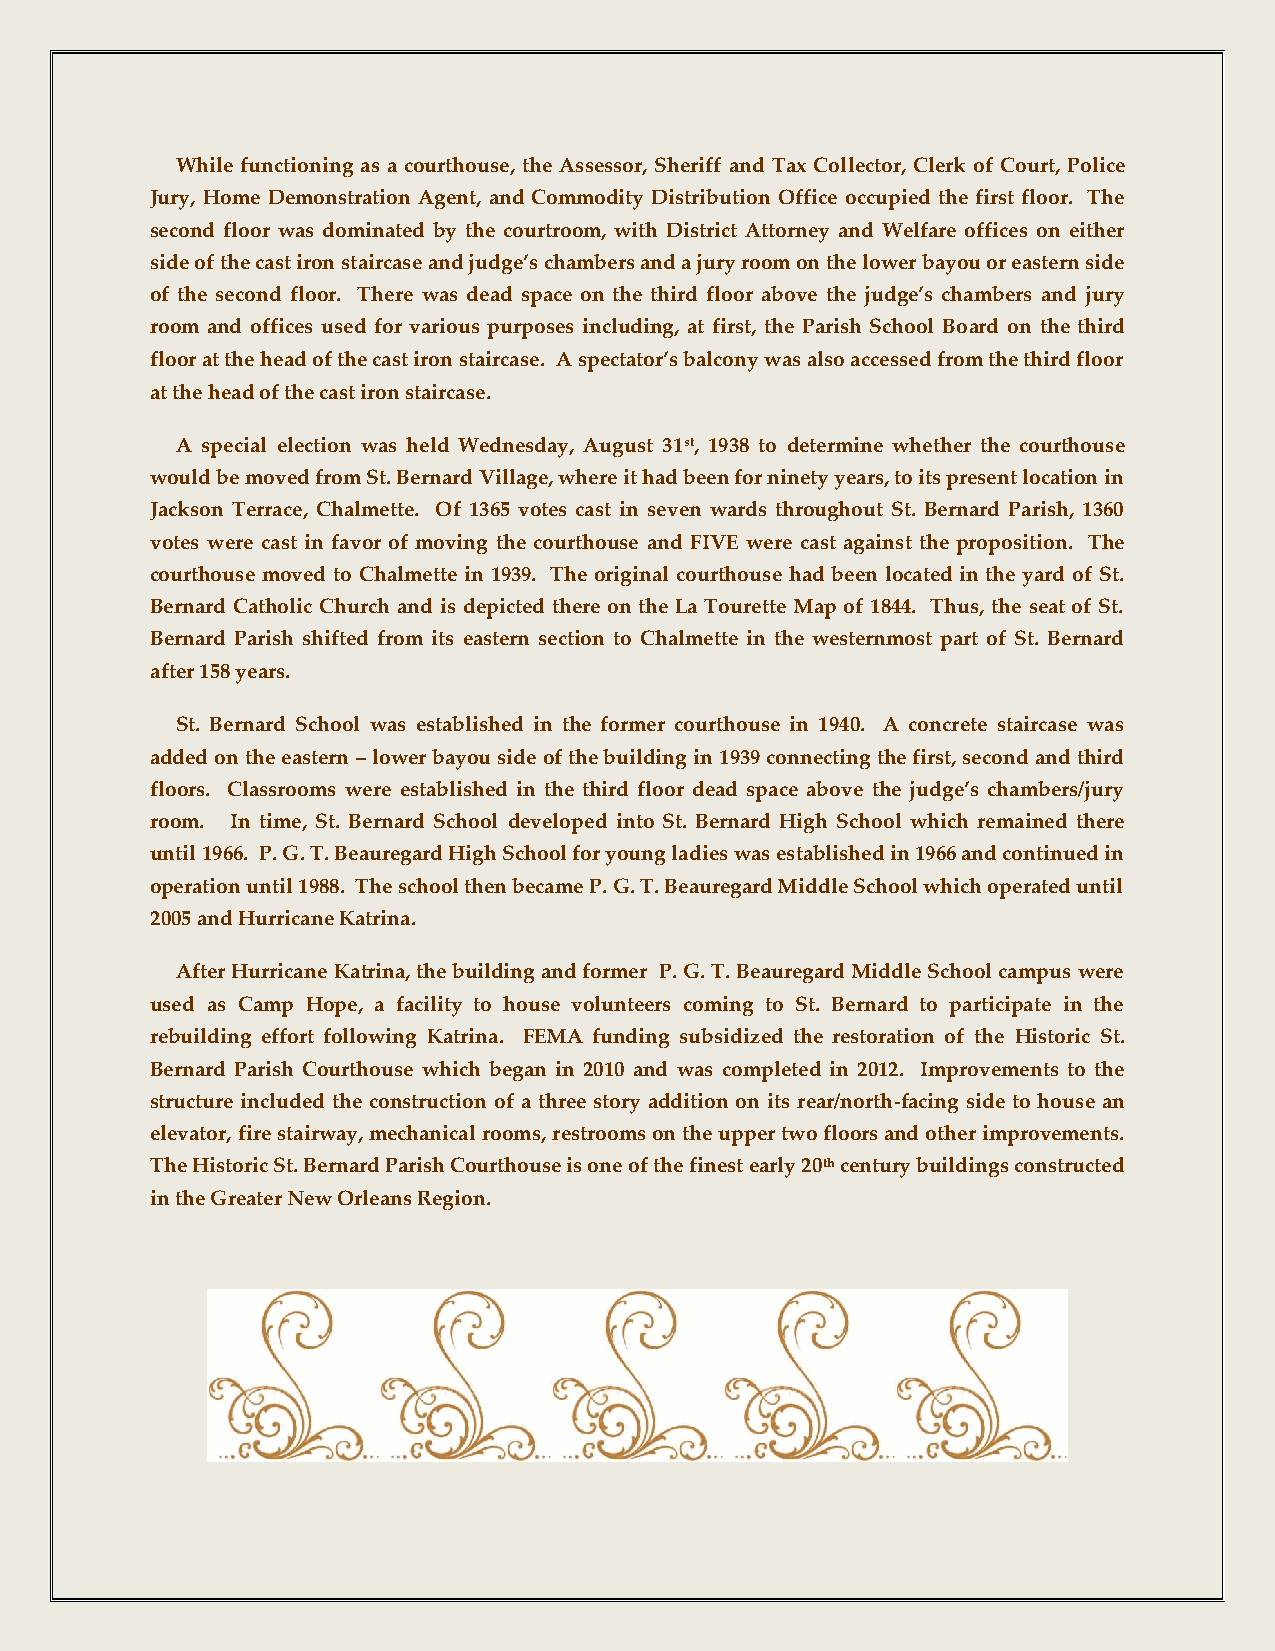
While functioning as a courthouse, the Assessor, Sheriff and Tax Collector, Clerk of Court, Police
 Jury, Home Demonstration Agent, and Commodity Distribution Office occupied the first floor. The
 second floor was dominated by the courtroom, with District Attorney and Welfare offices on either
 side of the cast iron staircase and judge’s chambers and a jury room on the lower bayou or eastern side
 of the second floor. There was dead space on the third floor above the judge’s chambers and jury
 room and offices used for various purposes including, at first, the Parish School Board on the third
 floor at the head of the cast iron staircase. A spectator’s balcony was also accessed from the third floor
 at the head of the cast iron staircase.
 A special election was held Wednesday, August 31st, 1938 to determine whether the courthouse
 would be moved from St. Bernard Village, where it had been for ninety years, to its present location in
 Jackson Terrace, Chalmette. Of 1365 votes cast in seven wards throughout St. Bernard Parish, 1360
 votes were cast in favor of moving the courthouse and FIVE were cast against the proposition. The
 courthouse moved to Chalmette in 1939. The original courthouse had been located in the yard of St.
 Bernard Catholic Church and is depicted there on the La Tourette Map of 1844. Thus, the seat of St.
 Bernard Parish shifted from its eastern section to Chalmette in the westernmost part of St. Bernard
 after 158 years.
 St. Bernard School was established in the former courthouse in 1940. A concrete staircase was
 added on the eastern – lower bayou side of the building in 1939 connecting the first, second and third
 floors. Classrooms were established in the third floor dead space above the judge’s chambers/jury
 room. In time, St. Bernard School developed into St. Bernard High School which remained there
 until 1966. P. G. T. Beauregard High School for young ladies was established in 1966 and continued in
 operation until 1988. The school then became P. G. T. Beauregard Middle School which operated until
 2005 and Hurricane Katrina.
 After Hurricane Katrina, the building and former P. G. T. Beauregard Middle School campus were
 used as Camp Hope, a facility to house volunteers coming to St. Bernard to participate in the
 rebuilding effort following Katrina. FEMA funding subsidized the restoration of the Historic St.
 Bernard Parish Courthouse which began in 2010 and was completed in 2012. Improvements to the
 structure included the construction of a three story addition on its rear/north-facing side to house an
 elevator, fire stairway, mechanical rooms, restrooms on the upper two floors and other improvements.
 The Historic St. Bernard Parish Courthouse is one of the finest early 20th century buildings constructed
 in the Greater New Orleans Region.